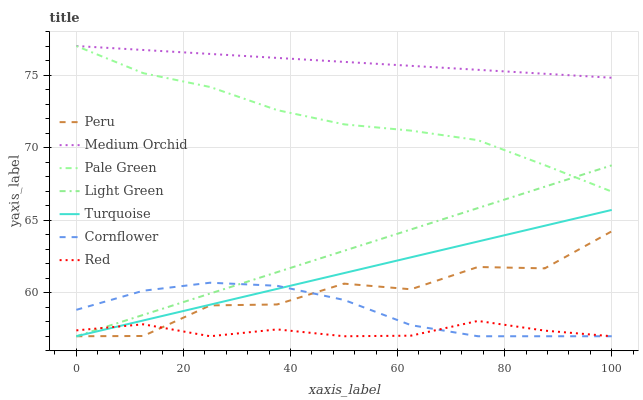
| xaxis_label | Peru | Medium Orchid | Pale Green | Light Green | Turquoise | Cornflower | Red |
 | --- | --- | --- | --- | --- | --- | --- | --- |
 | 0 | 57 | 77 | 77 | 57 | 57 | 58.8 | 57.4 |
 | 12.5 | 57 | 76.7 | 75.1 | 58.5 | 58.1 | 60.1 | 57.8 |
 | 25 | 59.1 | 76.5 | 74.2 | 59.9 | 59.2 | 60.7 | 57 |
 | 37.5 | 59.2 | 76.2 | 72.6 | 61.4 | 60.3 | 60.5 | 57.5 |
 | 50 | 60.6 | 75.9 | 71.6 | 62.9 | 61.4 | 59.5 | 57 |
 | 62.5 | 60.2 | 75.6 | 71.2 | 64.4 | 62.4 | 57.8 | 57 |
 | 75 | 61.8 | 75.4 | 70.5 | 65.8 | 63.5 | 57 | 58.1 |
 | 87.5 | 61.7 | 75.1 | 68.8 | 67.3 | 64.6 | 57 | 57.4 |
 | 100 | 64.2 | 74.8 | 67 | 68.8 | 65.7 | 57 | 57 |